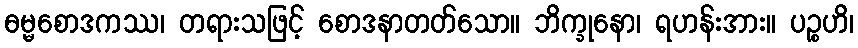
ဓမ္မစောဒကဿ၊ တရားသဖြင့် စောဒနာတတ်သော။ ဘိက္ခုနော၊ ရဟန်းအား။ ပဉ္စဟိ၊